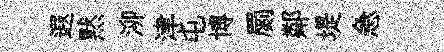
遐黙泖津屯博罽鄰堤急